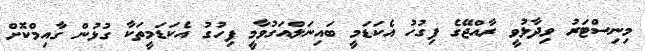
މިނިސްޓަރު ވިދާޅުވީ ރާއްޖޭގެ ފިގުހު އެކަޑަމީ ބައިނަލްއަގުވާމީ ފިހުގު އެކަޑަމީތަކާ ގުޅުން ގާއިމްކޮށް